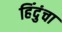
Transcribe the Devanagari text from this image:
हिंदुंचा